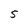
Character: 5